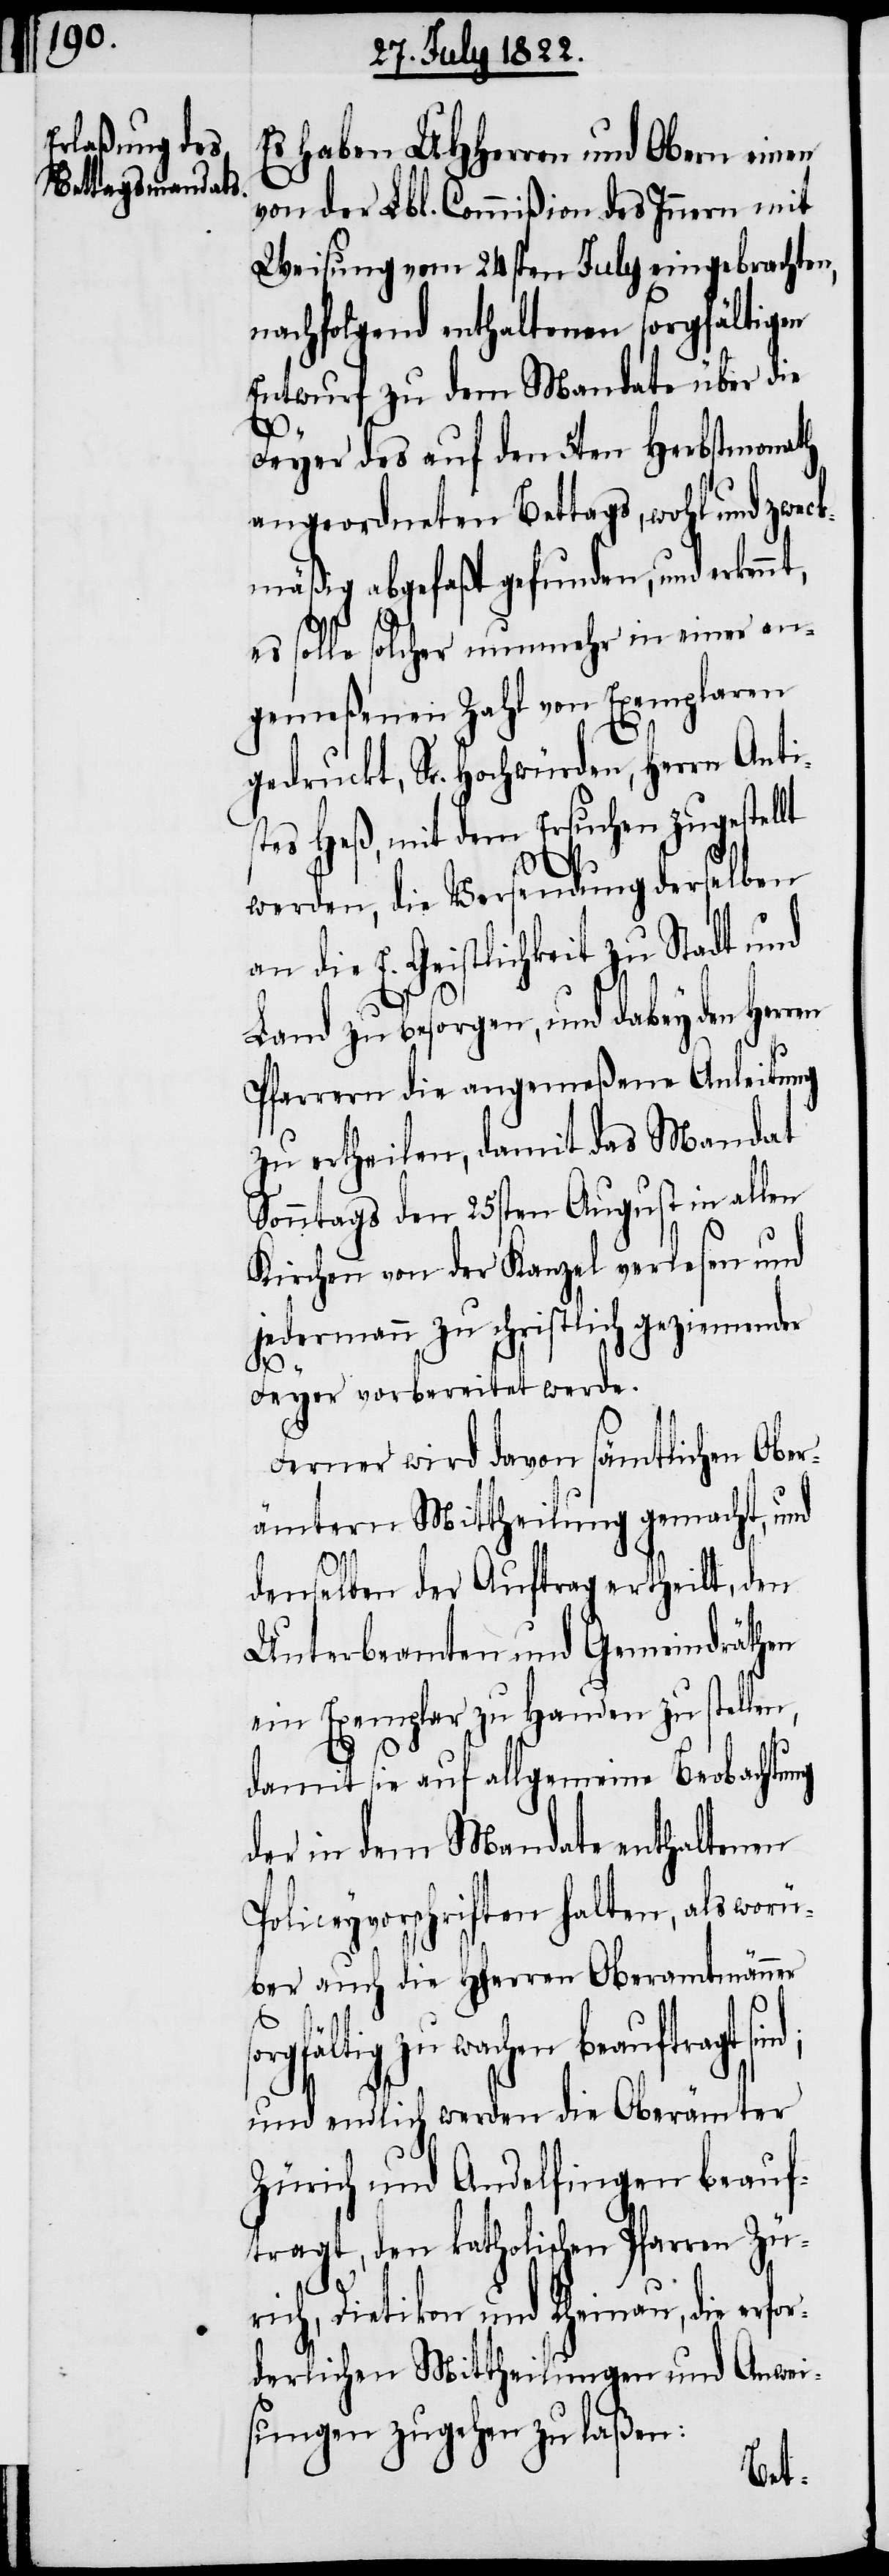
Es haben UHHerrn und Obern einen
von der Lbl. Commißion des Innern mit
Weisung vom 24sten July eingebrachten,
nachfolgend enthaltenen sorgfältigen
Entwurf zu dem Mandate über die
Feyer des auf den 5ten Herbstmonath
angeordneten Betttags, wohl und zweck¬
mäßig abgefaßt gefunden, und erken¬
es solle solcher nunmehr in einer an¬
gemeßenen Zahl von Exemplaren
gedruckt, Sr. Hochwürden, Herrn Antis¬
tes Heß, mit dem Ersuchen zugestellt
nd;
werden, die Versendung derselben
an die E. Geistlichkeit zu Stadt und
Land zu besorgen, und dabey den
Pfarrern die angemeßene Anleitung
zu ertheilen, damit das Mandat
Sonntags den 25sten August in allen
Kirchen von der Kanzel verlesen und
jedermann zu schriftlich geziemender
Feyer vorbereitet werde.
Ferner wird davon sämtlichen Ober¬
ämtern Mittheilung gemacht, und
denselben der Auftrag ertheilt, den
Unterbeamten und Gemeindräthen
ein Exemplar zu Handen zu stellen,
damit sie auf allgemeine Beobachtung
der in dem Mandate enthaltenen
Policeyvorschriften halten, als worü¬
ber auch die HHerren Oberamtmänner
rgfältig zu wachen beauftragt si¬
und endlich werden die Oberämter
Zürich und Andelfingen beauf¬
tragt, den katholischen Pfarren Zü¬
rich, Dietikon und Rheinau, die erfo¬
rderlichen Mittheilungen und Anwei¬
sungen zugehen zu laßen: